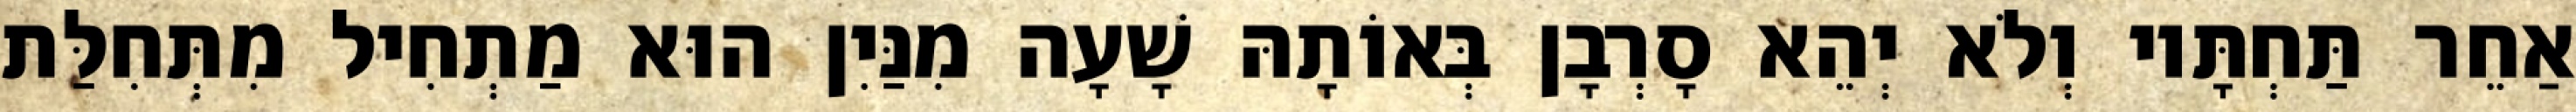
אַחֵר תַּחְתָּיו וְלֹא יְהֵא סָרְבָן בְּאוֹתָהּ שָׁעָה מִנַּיִן הוּא מַתְחִיל מִתְּחִלַּת